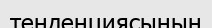
тенденциясының